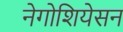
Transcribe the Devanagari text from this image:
नेगोशियेसन